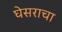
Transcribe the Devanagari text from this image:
घेसराचा